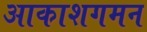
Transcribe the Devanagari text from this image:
आकाशगमन